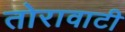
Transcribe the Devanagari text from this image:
तोरावाटी